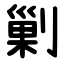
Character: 剿